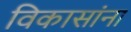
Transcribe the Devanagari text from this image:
विकासांना